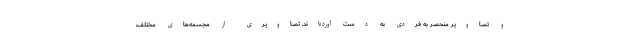
و تصاویر منحصر به فردی به دست آورده‌اند. تصاویری از مجسمه‌های مختلف،